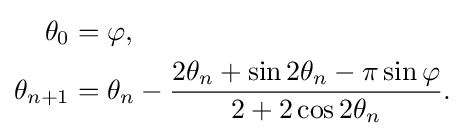
{\begin{aligned}\theta _{0}&=\varphi ,\\\theta _{n+1}&=\theta _{n}-{\frac {2\theta _{n}+\sin 2\theta _{n}-\pi \sin \varphi }{2+2\cos 2\theta _{n}}}.\end{aligned}}